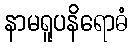
နာမရူပနိရောဓံ